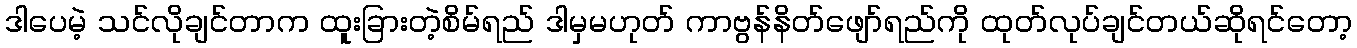
ဒါပေမဲ့ သင်လိုချင်တာက ထူးခြားတဲ့စိမ်ရည် ဒါမှမဟုတ် ကာဗွန်နိတ်ဖျော်ရည်ကို ထုတ်လုပ်ချင်တယ်ဆိုရင်တော့